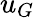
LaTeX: u_{G}